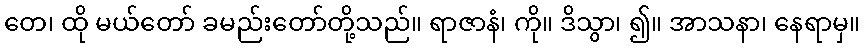
တေ၊ ထို မယ်တော် ခမည်းတော်တို့သည်။ ရာဇာနံ၊ ကို။ ဒိသွာ၊ ၍။ အာသနာ၊ နေရာမှ။